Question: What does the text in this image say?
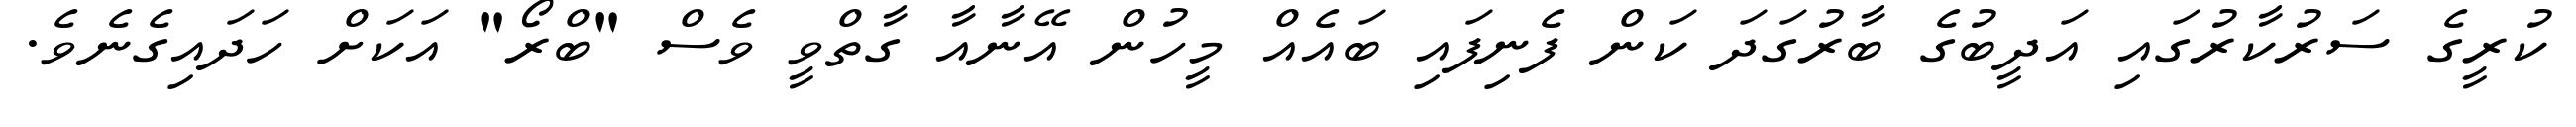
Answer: ކުރީގެ ސަރުކާރުގައި އަދީބުގެ ބާރުގަދަ ކަން ފެނިފައި ބައެއް މީހުން އޭނާއާ ގާތްވީ ވެސް "ބްރޯ" އަކަށް ހަދައިގެނެވެ.